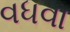
વધવા